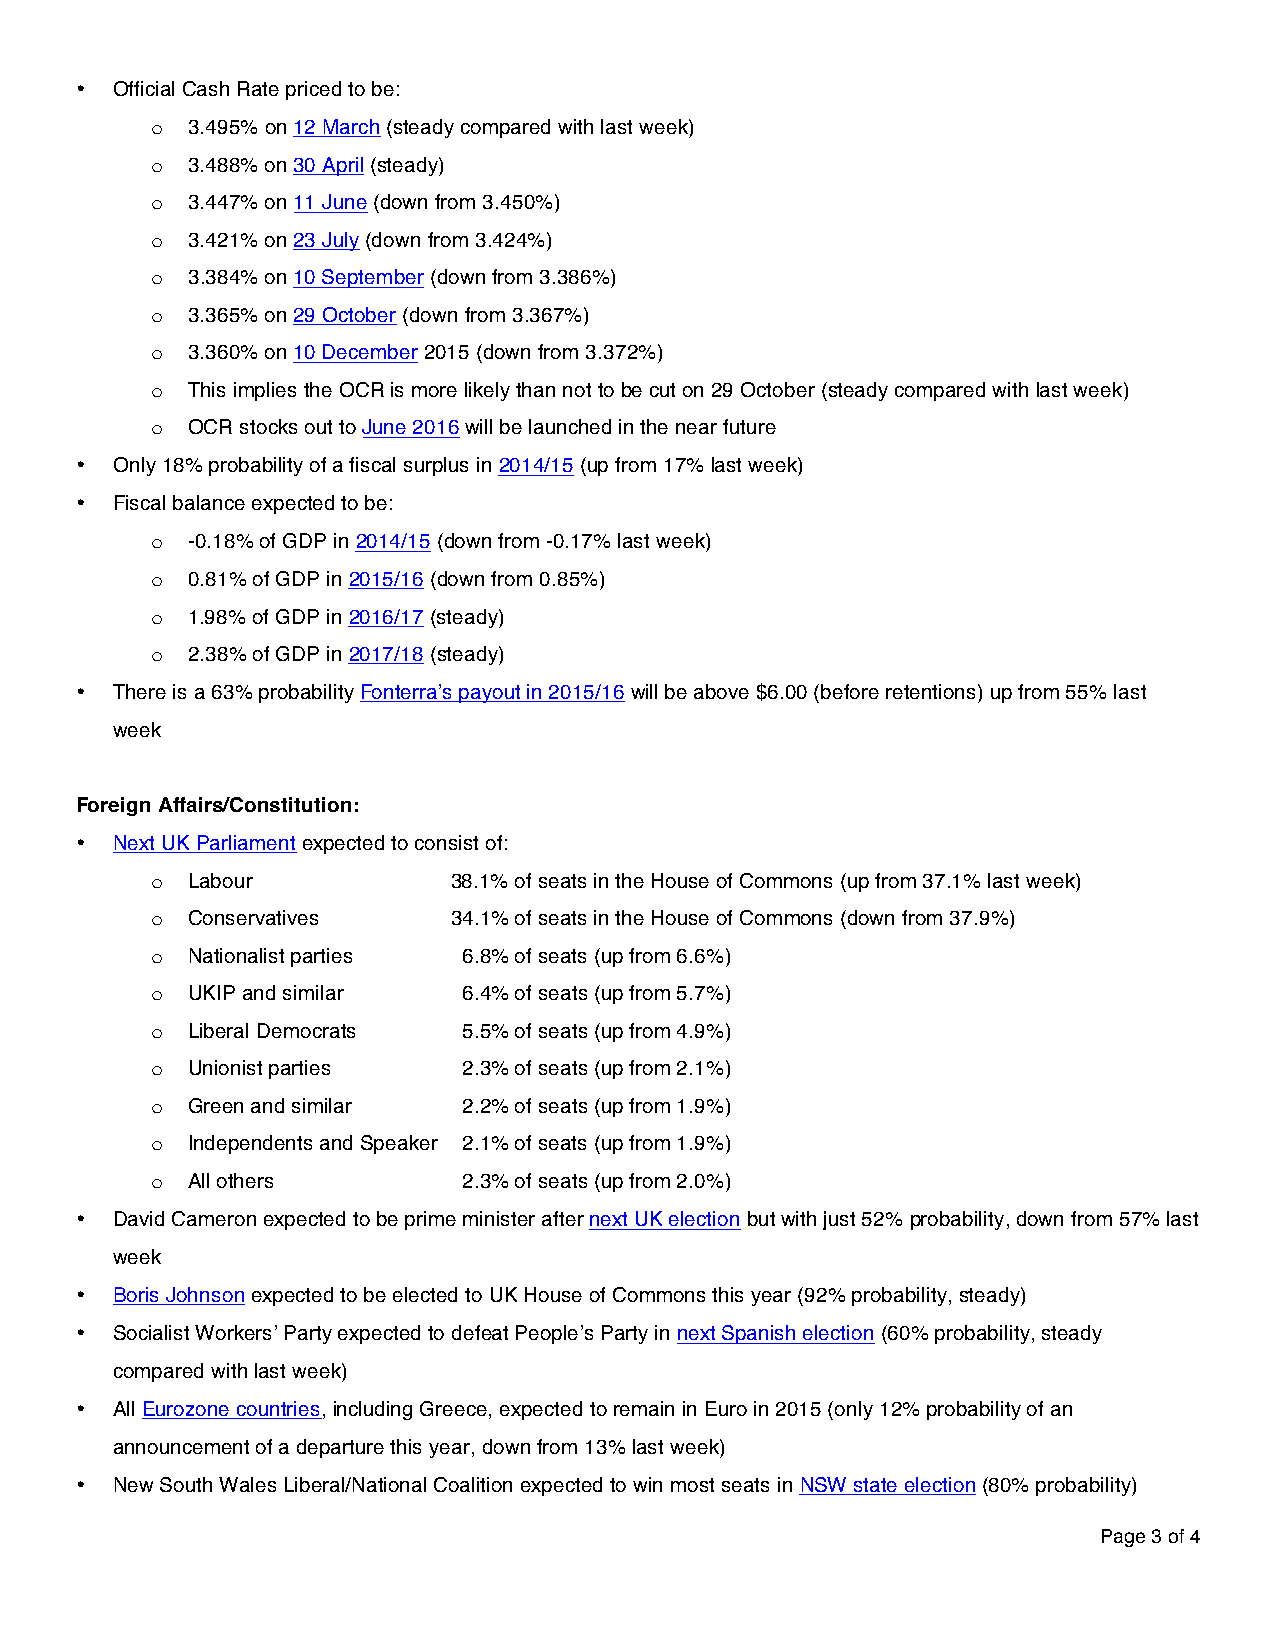
• Official Cash Rate priced to be:
 o 3.495% on 12 March (steady compared with last week)
 o 3.488% on 30 April (steady)
 o 3.447% on 11 June (down from 3.450%)
 o 3.421% on 23 July (down from 3.424%)
 o 3.384% on 10 September (down from 3.386%)
 o 3.365% on 29 October (down from 3.367%)
 o 3.360% on 10 December 2015 (down from 3.372%)
 o This implies the OCR is more likely than not to be cut on 29 October (steady compared with last week)
 o OCR stocks out to June 2016 will be launched in the near future
 • Only 18% probability of a fiscal surplus in 2014/15 (up from 17% last week)
 • Fiscal balance expected to be:
 o -0.18% of GDP in 2014/15 (down from -0.17% last week)
 o 0.81% of GDP in 2015/16 (down from 0.85%)
 o 1.98% of GDP in 2016/17 (steady)
 o 2.38% of GDP in 2017/18 (steady)
 • There is a 63% probability Fonterra’s payout in 2015/16 will be above $6.00 (before retentions) up from 55% last
 week
 Foreign Affairs/Constitution:
 • Next UK Parliament expected to consist of:
 o Labour            38.1% of seats in the House of Commons (up from 37.1% last week)
 o Conservatives     34.1% of seats in the House of Commons (down from 37.9%)
 o Nationalist parties 6.8% of seats (up from 6.6%)
 o UKIP and similar   6.4% of seats (up from 5.7%)
 o Liberal Democrats  5.5% of seats (up from 4.9%)
 o Unionist parties   2.3% of seats (up from 2.1%)
 o Green and similar  2.2% of seats (up from 1.9%)
 o Independents and Speaker 2.1% of seats (up from 1.9%)
 o All others         2.3% of seats (up from 2.0%)
 • David Cameron expected to be prime minister after next UK election but with just 52% probability, down from 57% last
 week
 • Boris Johnson expected to be elected to UK House of Commons this year (92% probability, steady)
 • Socialist Workers’ Party expected to defeat People’s Party in next Spanish election (60% probability, steady
 compared with last week)
 • All Eurozone countries, including Greece, expected to remain in Euro in 2015 (only 12% probability of an
 announcement of a departure this year, down from 13% last week)
 • New South Wales Liberal/National Coalition expected to win most seats in NSW state election (80% probability)
 Page 3 of 4